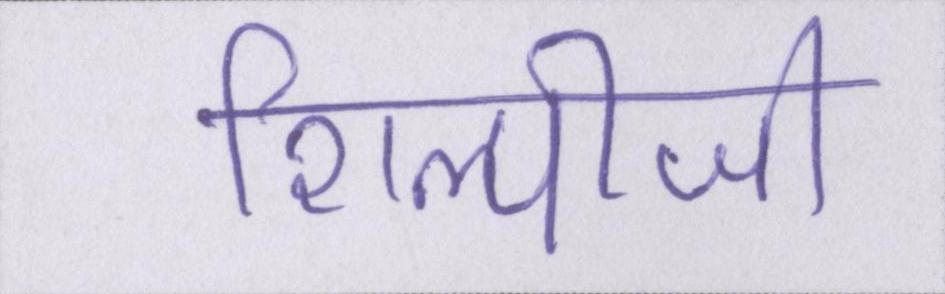
शिल्पीजी